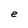
Character: e